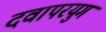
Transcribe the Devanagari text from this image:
दवापरयुग